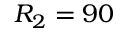
R _ { 2 } = 9 0